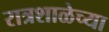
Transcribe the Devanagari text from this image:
रात्रशाळेच्या